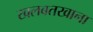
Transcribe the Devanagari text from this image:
खलबतखाना